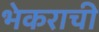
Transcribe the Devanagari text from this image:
भेकराची